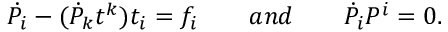
{ \dot { P } } _ { i } - ( { \dot { P } } _ { k } t ^ { k } ) t _ { i } = f _ { i } \qquad a n d \qquad { \dot { P } } _ { i } { P } ^ { i } = 0 .